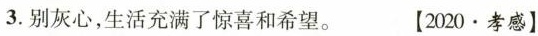
3.别灰心,生活充满了惊喜和希望. [2020.孝感]